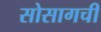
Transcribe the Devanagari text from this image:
सोसागची